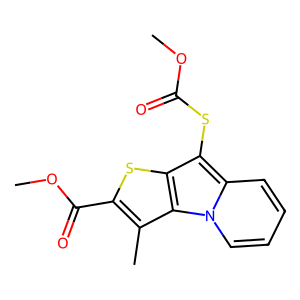
SMILES: COC(=O)Sc1c2sc(C(=O)OC)c(C)c2n2ccccc12
Inhibits HIV replication: No